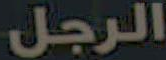
الرجل